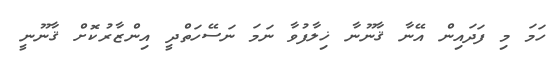
ހަމަ މި ފަދައިން އޭނާ ޤާނޫނާ ޚިލާފުވާ ނަމަ ނަސޭހަތްދީ އިންޒާރުކޮށް ޤާނޫނީ